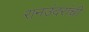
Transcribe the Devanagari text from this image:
रानउंदरांची